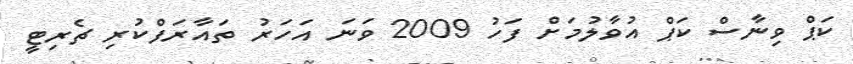
ކަޕް ވިނާސް ކަޕް އުވާލުމަށް ފަހު 2009 ވަނަ އަހަރު ތައާރަފްކުރި ޗެރިޓީ